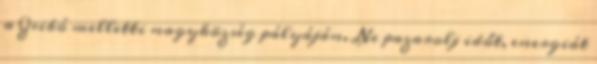
a Zsibó melletti nagyközség pályáján. Ne pazarolj időt, energiát